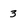
Character: 3